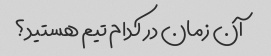
آن زمان در کدام تیم هستید؟